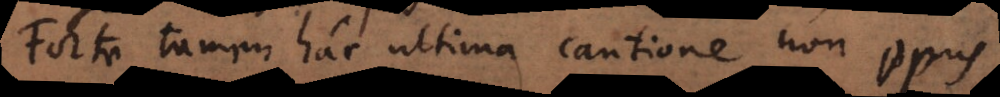
Forte tamen hac ultima cautione non opus